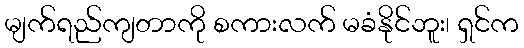
မျက်ရည်ကျတာကို စကားလက် မခံနိုင်ဘူး၊ ရှင်က